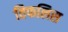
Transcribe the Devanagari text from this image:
तिफलिस